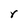
Character: r